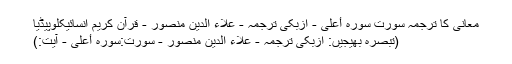
معانی کا ترجمہ سورت سورۂ أعلی - ازبکی ترجمہ - علاء الدین منصور - قرآن کریم انسائیکلوپیڈیا
(تبصرہ بھیجیں: ازبکی ترجمہ - علاء الدین منصور - سورت:سورۂ أعلی - آیت:)